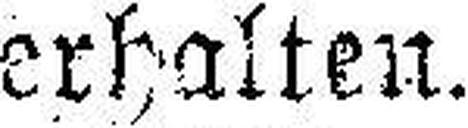
erhalten.